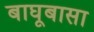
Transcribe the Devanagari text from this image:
बाघूबासा